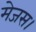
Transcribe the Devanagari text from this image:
मेजस।